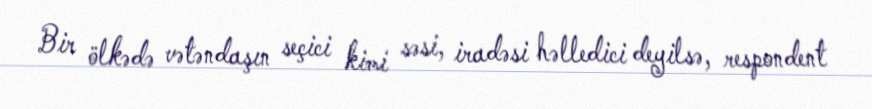
Bir ölkədə vətəndaşın seçici kimi səsi, iradəsi həlledici deyilsə, respondent